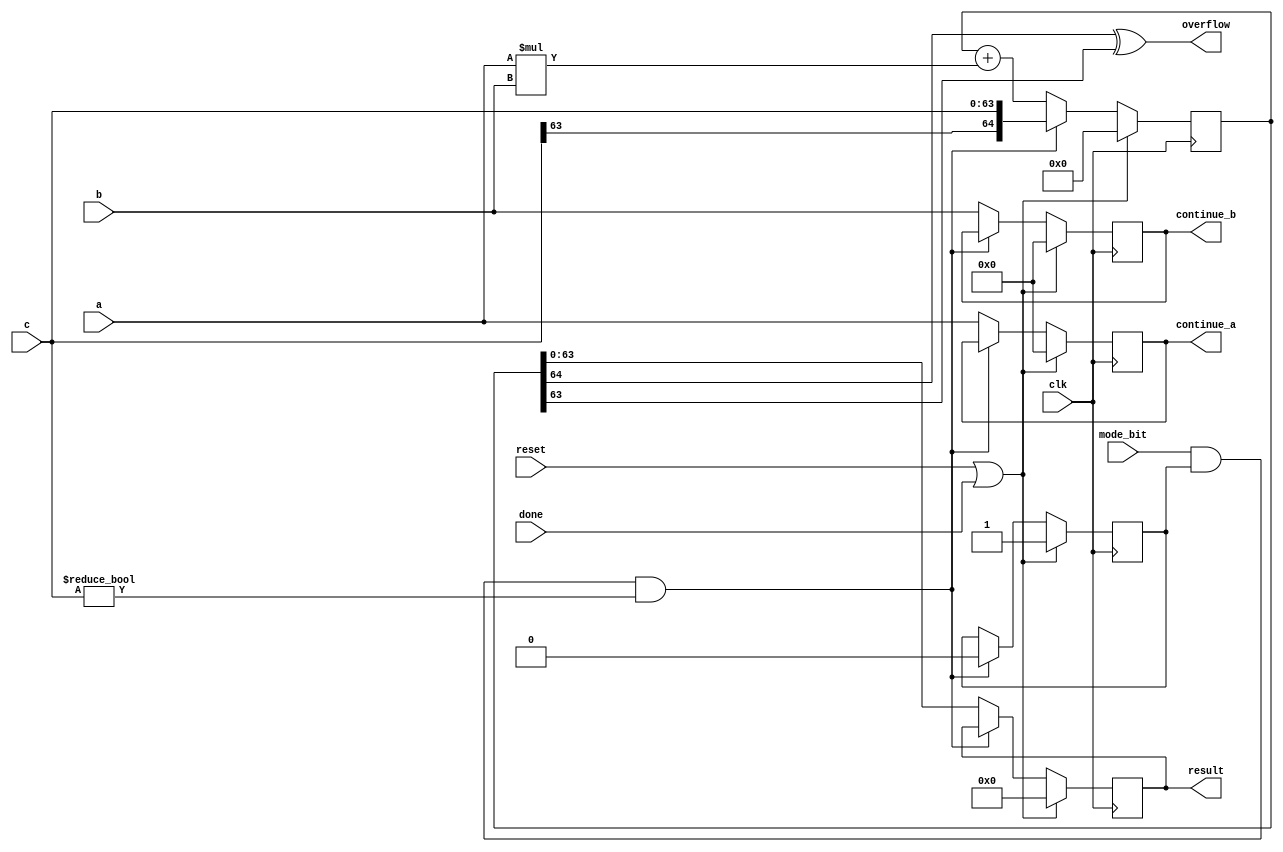
`resetall
`timescale 1ns / 10ps

module pe #(
    parameter data_width = 8,                            // Width of the data inputs/outputs
    parameter bus_width = 64                             // Width of the bus for the result
)
(
    input wire clk,                                      // Clock signal
    input wire reset,               				     // Reset signal
    input wire mode_bit,           						 // Mode bit to control operation behavior
    input wire done,                					 // Signal to indicate completion of a process
    input wire signed [data_width-1:0] a, 				 // First input operand
    input wire signed [data_width-1:0] b,  				 // Second input operand
    input wire signed [bus_width-1 : 0] c, 				 // Initial value for result accumulation or adjustment
    output reg signed [data_width-1:0] continue_a, 		 // Output to continue operation with operand a
    output reg signed [data_width-1:0] continue_b, 		 // Output to continue operation with operand b
    output reg signed [bus_width-1:0] result, 			 // Result of the operation
    output wire overflow           						 // Overflow indicator
);

// Internal Declarations
wire signed [2*data_width-1:0] result_mult; // Intermediate result of the multiplication of 'a' and 'b'
reg signed [bus_width:0] temp_result_with_overflow; // Temporary result to include potential overflow bit
reg first_iteration; // Flag to manage the initial state or iteration

// Perform signed multiplication of 'a' and 'b'
assign result_mult = a * b;

// Overflow detection and result update logic
always @(posedge clk) begin
    if (reset || done) begin
        // Reset or initialization block
        result <= 0;
        continue_a <= 0;
        continue_b <= 0;
        temp_result_with_overflow <= 0;
        first_iteration <= 1; // Set first_iteration flag for initial condition handling
    end else begin
        if (mode_bit && first_iteration && c != 0) begin
            // On the first iteration and when mode_bit is set, initialize temp_result_with_overflow with 'c'
            temp_result_with_overflow <= c;
            first_iteration <= 0; // Clear the first_iteration flag after the initial setup
        end else begin
            // Regular operation: accumulate multiplication result
            temp_result_with_overflow <= temp_result_with_overflow + result_mult;
            result <= temp_result_with_overflow[bus_width-1:0]; // Update result, discarding overflow bit
            // Continue signals for chaining or iterative operations
            continue_a <= a;
            continue_b <= b;
        end
    end
end

// Overflow Detection
// Checks if the sign bit of the accumulated result differs from the next higher bit (potential overflow)
assign overflow = temp_result_with_overflow[bus_width] ^ temp_result_with_overflow[bus_width-1];

endmodule